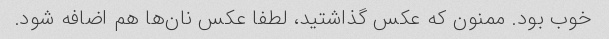
خوب بود. ممنون که عکس گذاشتید، لطفا عکس نان‌ها هم اضافه شود.